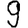
Digit: 9